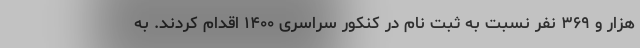
هزار و ۳۶۹ نفر نسبت به ثبت نام در کنکور سراسری ۱۴۰۰ اقدام کردند. به